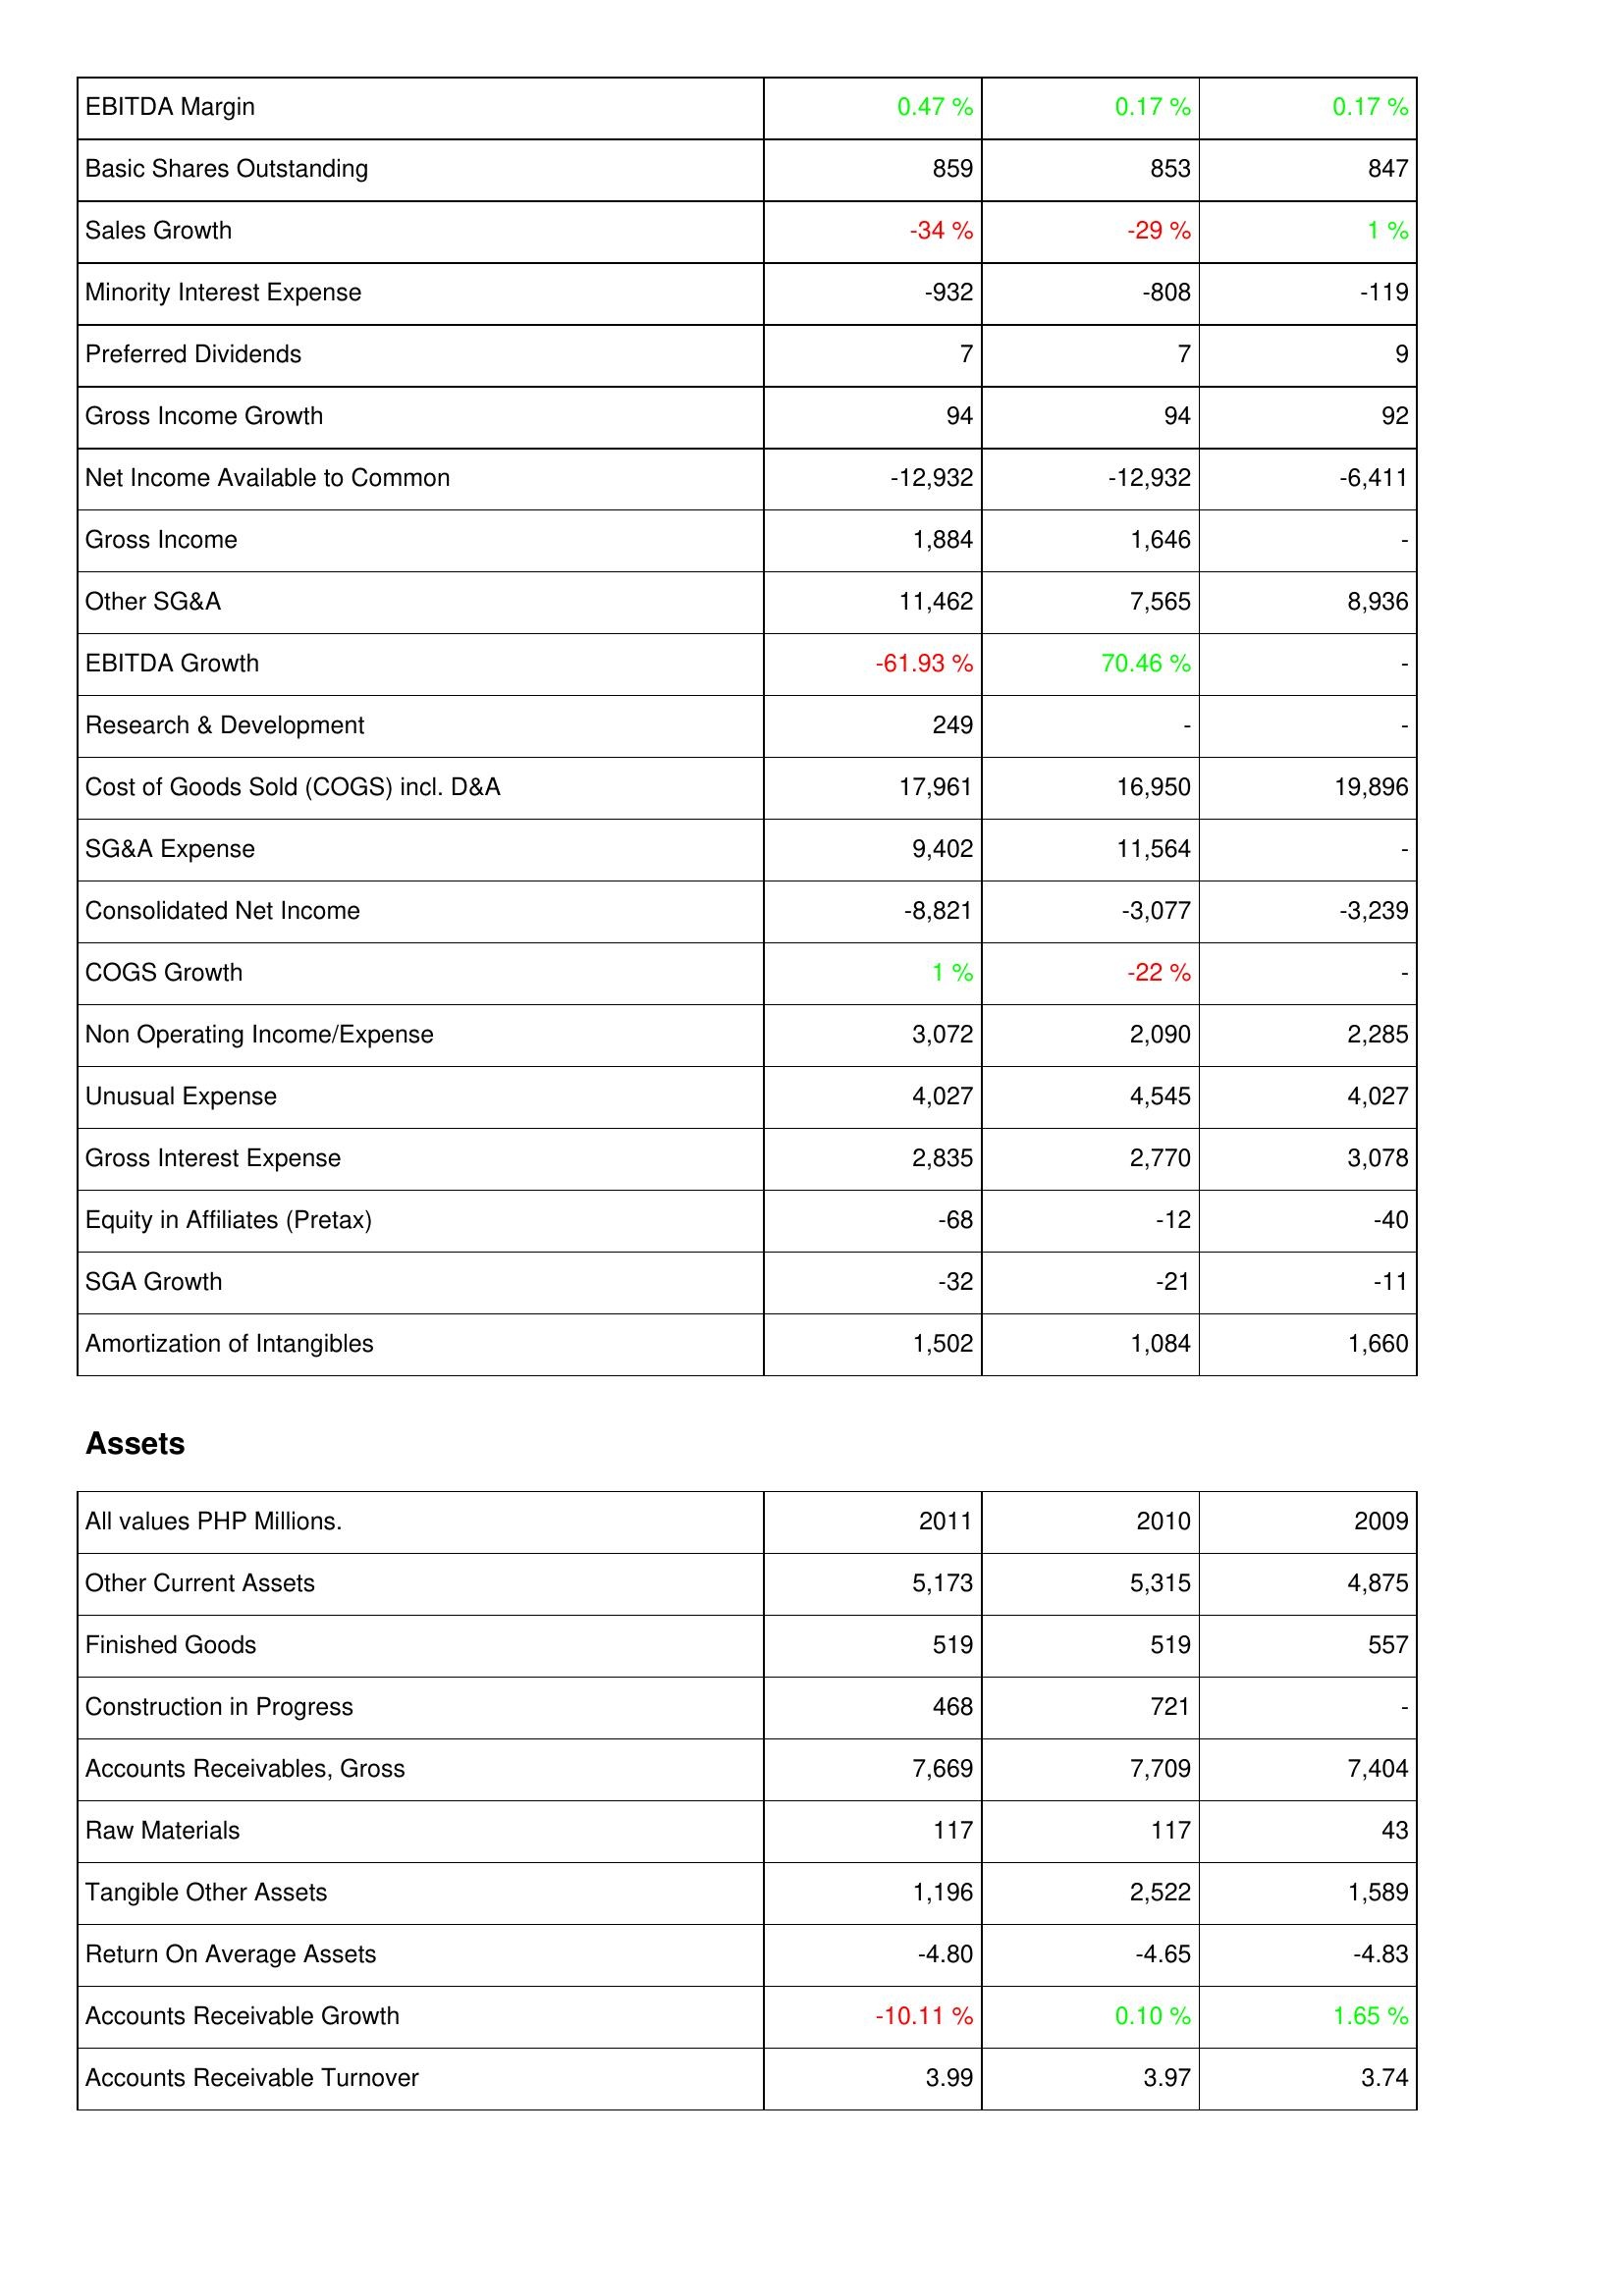
2011: Income Statement: EBITDA Margin: 0.47 %
Basic Shares Outstanding: 859
Sales Growth: -34 %
Minority Interest Expense: -932
Preferred Dividends: 7
Gross Income Growth: 94
Net Income Available to Common: -12,932
Gross Income: 1,884
Other SG&A: 11,462
EBITDA Growth: -61.93 %
Research & Development: 249
Cost of Goods Sold (COGS) incl. D&A: 17,961
SG&A Expense: 9,402
Consolidated Net Income: -8,821
COGS Growth: 1 %
Non Operating Income/Expense: 3,072
Unusual Expense: 4,027
Gross Interest Expense: 2,835
Equity in Affiliates (Pretax): -68
SGA Growth: -32
Amortization of Intangibles: 1,502
Assets: Other Current Assets: 5,173
Finished Goods: 519
Construction in Progress: 468
Accounts Receivables, Gross: 7,669
Raw Materials: 117
Tangible Other Assets: 1,196
Return On Average Assets: -4.80
Accounts Receivable Growth: -10.11 %
Accounts Receivable Turnover: 3.99
2010: Income Statement: EBITDA Margin: 0.17 %
Basic Shares Outstanding: 853
Sales Growth: -29 %
Minority Interest Expense: -808
Preferred Dividends: 7
Gross Income Growth: 94
Net Income Available to Common: -12,932
Gross Income: 1,646
Other SG&A: 7,565
EBITDA Growth: 70.46 %
Research & Development: -
Cost of Goods Sold (COGS) incl. D&A: 16,950
SG&A Expense: 11,564
Consolidated Net Income: -3,077
COGS Growth: -22 %
Non Operating Income/Expense: 2,090
Unusual Expense: 4,545
Gross Interest Expense: 2,770
Equity in Affiliates (Pretax): -12
SGA Growth: -21
Amortization of Intangibles: 1,084
Assets: Other Current Assets: 5,315
Finished Goods: 519
Construction in Progress: 721
Accounts Receivables, Gross: 7,709
Raw Materials: 117
Tangible Other Assets: 2,522
Return On Average Assets: -4.65
Accounts Receivable Growth: 0.10 %
Accounts Receivable Turnover: 3.97
2009: Income Statement: EBITDA Margin: 0.17 %
Basic Shares Outstanding: 847
Sales Growth: 1 %
Minority Interest Expense: -119
Preferred Dividends: 9
Gross Income Growth: 92
Net Income Available to Common: -6,411
Gross Income: -
Other SG&A: 8,936
EBITDA Growth: -
Research & Development: -
Cost of Goods Sold (COGS) incl. D&A: 19,896
SG&A Expense: -
Consolidated Net Income: -3,239
COGS Growth: -
Non Operating Income/Expense: 2,285
Unusual Expense: 4,027
Gross Interest Expense: 3,078
Equity in Affiliates (Pretax): -40
SGA Growth: -11
Amortization of Intangibles: 1,660
Assets: Other Current Assets: 4,875
Finished Goods: 557
Construction in Progress: -
Accounts Receivables, Gross: 7,404
Raw Materials: 43
Tangible Other Assets: 1,589
Return On Average Assets: -4.83
Accounts Receivable Growth: 1.65 %
Accounts Receivable Turnover: 3.74